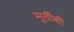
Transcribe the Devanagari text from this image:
मूर्तीशी